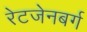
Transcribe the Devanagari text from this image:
रेटजेनबर्ग